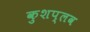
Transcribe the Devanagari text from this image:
कुशप्लव